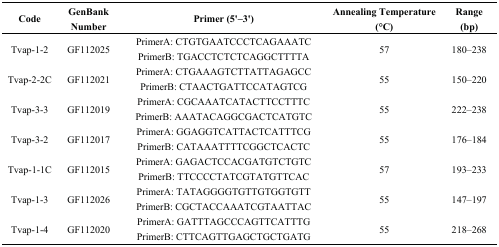
<table><thead><tr><td><b>Code</b></td><td><b>GenBank Number</b></td><td><b>Primer (5&#x27;–3&#x27;)</b></td><td><b>Annealing Temperature (°C)</b></td><td><b>Range (bp)</b></td></tr></thead><tbody><tr><td>Tvap-1-2</td><td>GF112025</td><td>PrimerA: CTGTGAATCCCTCAGAAATC PrimerB: TGACCTCTCTCAGGCTTTTA</td><td>57</td><td>180–238</td></tr><tr><td>Tvap-2-2C</td><td>GF112021</td><td>PrimerA: CTGAAAGTCTTATTAGAGCC PrimerB: CTAACTGATTCCATAGTCG</td><td>55</td><td>150–220</td></tr><tr><td>Tvap-3-3</td><td>GF112019</td><td>PrimerA: CGCAAATCATACTTCCTTTCPrimerB: AAATACAGGCGACTCATGTC</td><td>55</td><td>222–238</td></tr><tr><td>Tvap-3-2</td><td>GF112017</td><td>PrimerA: GGAGGTCATTACTCATTTCG PrimerB: CATAAATTTTCGGCTCACTC</td><td>55</td><td>176–184</td></tr><tr><td>Tvap-1-1C</td><td>GF112015</td><td>PrimerA: GAGACTCCACGATGTCTGTC PrimerB: TTCCCCTATCGTATGTTCAC</td><td>57</td><td>193–233</td></tr><tr><td>Tvap-1-3</td><td>GF112026</td><td>PrimerA: TATAGGGGTGTTGTGGTGTT PrimerB: CGCTACCAAATCGTAATTAC</td><td>55</td><td>147–197</td></tr><tr><td>Tvap-1-4</td><td>GF112020</td><td>PrimerA: GATTTAGCCCAGTTCATTTG PrimerB: CTTCAGTTGAGCTGCTGATG</td><td>55</td><td>218–268</td></tr></tbody></table>